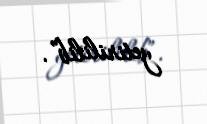
yetirililib”.